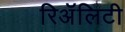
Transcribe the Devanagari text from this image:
रिअॅलिटी